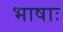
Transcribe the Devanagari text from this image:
भाषाः